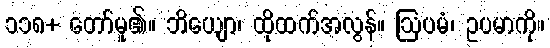
၁၁၈+ တော်မူ၏။ ဘိယျော၊ ထိုထက်အလွန်။ ဩပမံ၊ ဥပမာကို။